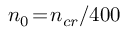
n _ { 0 } \! = \! n _ { c r } / 4 0 0